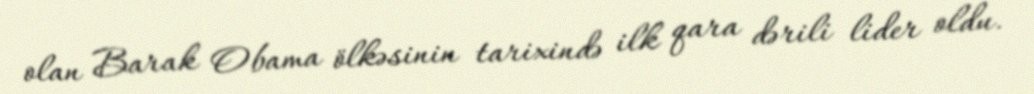
olan Barak Obama ölkəsinin tarixində ilk qara dərili lider oldu.